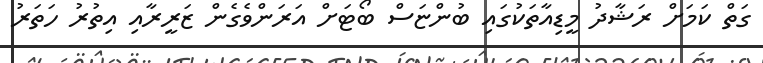
ގަތް ކަމަށް ރަޝާދު މީޑިއާތަކުގައި ބުންޏަސް ބޯޓަށް އަރަންވެގެން ޒަރީރާއި އިތުރު ހަތަރު